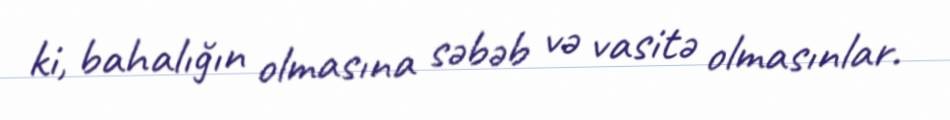
ki, bahalığın olmasına səbəb və vasitə olmasınlar.